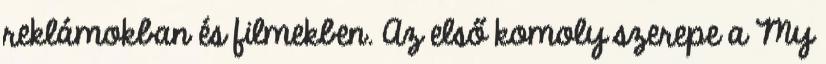
reklámokban és filmekben. Az első komoly szerepe a My